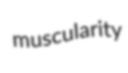
muscularity